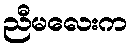
ညီမလေးက